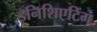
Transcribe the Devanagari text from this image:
इनिशिएटिंग